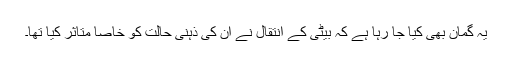
یہ گمان بھی کیا جا رہا ہے کہ بیٹی کے انتقال نے ان کی ذہنی حالت کو خاصا متاثر کیا تھا۔